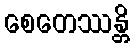
စေတေဿန္တိ